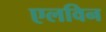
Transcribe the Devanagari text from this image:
एलविन